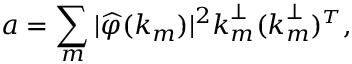
\boldsymbol { a } = \sum _ { m } | \widehat { \varphi } ( \boldsymbol { k } _ { m } ) | ^ { 2 } \boldsymbol { k } _ { m } ^ { \perp } ( \boldsymbol { k } _ { m } ^ { \perp } ) ^ { \scriptscriptstyle T } ,